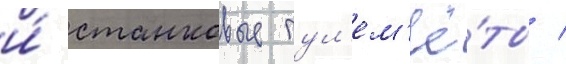
и́ станковые пул'ем'ё́ты /